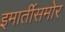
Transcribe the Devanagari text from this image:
इमार्तीसमोर